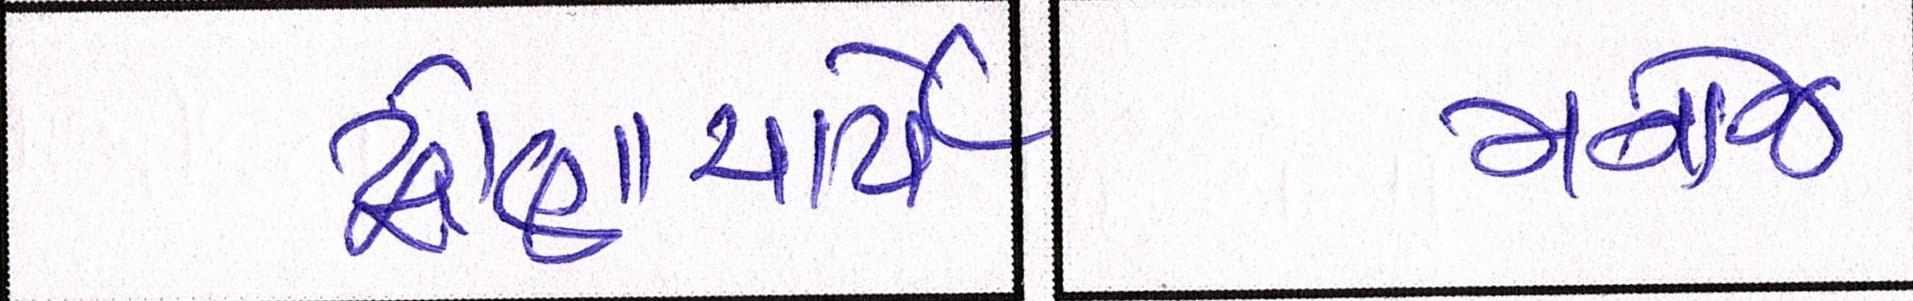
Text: મનોજ